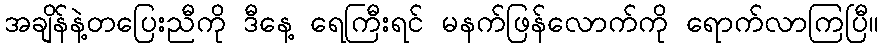
အချိန်နဲ့တပြေးညီကို ဒီနေ့ ရေကြီးရင် မနက်ဖြန်လောက်ကို ရောက်လာကြပြီ။